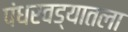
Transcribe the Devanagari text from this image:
पंधरवड्यातला